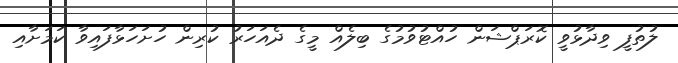
ލުތުފީ ވިދާޅުވީ ކޮރަޕްޝަން ހުއްޓުވުމުގެ ބިލެއް މީގެ ދެއަހަރު ކުރިން ހުށަހަޅާފައިވާ ކަމަށާއި